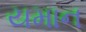
યમાન